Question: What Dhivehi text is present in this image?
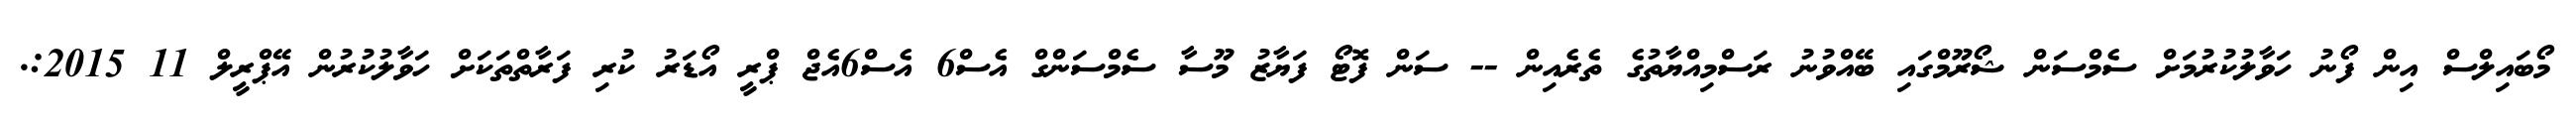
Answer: މޯބައިލްސް އިން ފޯނު ހަވާލުކުރުމަށް ސެމްސަން ޝޯރޫމްގައި ބޭއްވުނު ރަސްމިއްޔާތުގެ ތެރެއިން -- ސަން ފޮޓޯ ފަޔާޒު މޫސާ ސެމްސަންގް އެސް6 އެސް6އެޖް ޕްރީ އޯޑަރު ކުރި ފަރާތްތަކަށް ހަވާލުކުރުން އޭޕްރީލް 11 2015:.